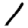
Digit: 1